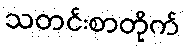
သတင်းစာတိုက်